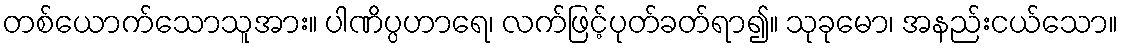
တစ်ယောက်သောသူအား။ ပါဏိပ္ပဟာရေ၊ လက်ဖြင့်ပုတ်ခတ်ရာ၍။ သုခုမော၊ အနည်းငယ်သော။